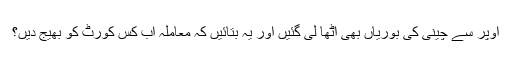
اوپر سے چینی کی بوریاں بھی اٹھا لی گئیں اور یہ بتائیں کہ معاملہ اب کس کورٹ کو بھیج دیں؟